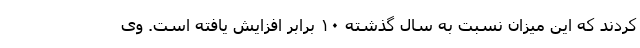
کردند که این میزان نسبت به سال گذشته ۱۰ برابر افزایش یافته است. وی